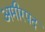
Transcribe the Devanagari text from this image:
अमीरपद